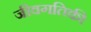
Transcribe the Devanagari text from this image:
जीवगतिकी